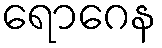
ရောဂေန